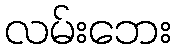
လမ်းဘေး